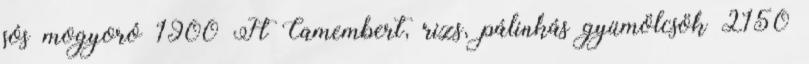
sós mogyoró 1900 Ft Camembert, rizs, pálinkás gyümölcsök 2150